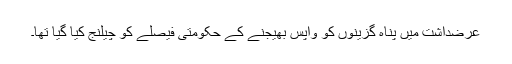
عرضداشت میں پناہ گزینوں کو واپس بھیجنے کے حکومتی فیصلے کو چیلنج کیا گیا تھا۔